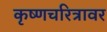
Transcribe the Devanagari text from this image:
कृष्णचरित्रावर